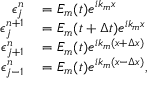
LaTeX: \begin{array} { r l } { \epsilon _ { j } ^ { n } } & { { } = E _ { m } ( t ) e ^ { i k _ { m } x } } \\ { \epsilon _ { j } ^ { n + 1 } } & { { } = E _ { m } ( t + \Delta t ) e ^ { i k _ { m } x } } \\ { \epsilon _ { j + 1 } ^ { n } } & { { } = E _ { m } ( t ) e ^ { i k _ { m } ( x + \Delta x ) } } \\ { \epsilon _ { j - 1 } ^ { n } } & { { } = E _ { m } ( t ) e ^ { i k _ { m } ( x - \Delta x ) } , } \end{array}